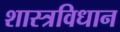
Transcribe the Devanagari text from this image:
शास्त्रविधान